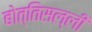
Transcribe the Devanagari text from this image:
बोत्तिसल्ली